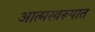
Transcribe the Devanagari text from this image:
आत्मस्वरूपात